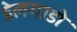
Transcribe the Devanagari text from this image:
डेलगाडो